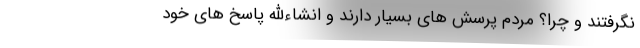
نگرفتند و چرا؟ مردم پرسش های بسیار دارند و انشاءالله پاسخ های خود